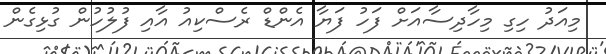
މިއަދު ހިގި މިހާދިސާއަށް ފަހު ފަޔާ އެންޑް ރެސްކިއު އާއި ފުލުހުން ގުޅިގެން